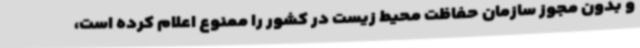
و بدون مجوز سازمان حفاظت محیط زیست در کشور را ممنوع اعلام کرده است،